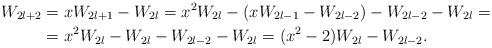
LaTeX: \begin{align*}W_{2l+2}&=xW_{2l+1}-W_{2l}=x^2W_{2l}-(xW_{2l-1}-W_{2l-2})-W_{2l-2}-W_{2l}=\\&=x^2W_{2l}-W_{2l}-W_{2l-2}-W_{2l}=(x^2-2)W_{2l}-W_{2l-2}.\end{align*}